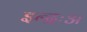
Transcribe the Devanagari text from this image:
इन्द्रःअ